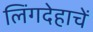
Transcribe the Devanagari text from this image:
लिंगदेहाचें